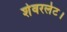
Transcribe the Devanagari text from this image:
शेवरलेट।